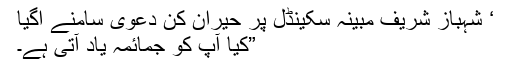
‘ شہباز شریف مبینہ سکینڈل پر حیران کن دعویٰ سامنے آگیا
”کیا آپ کو جمائمہ یاد آتی ہے۔